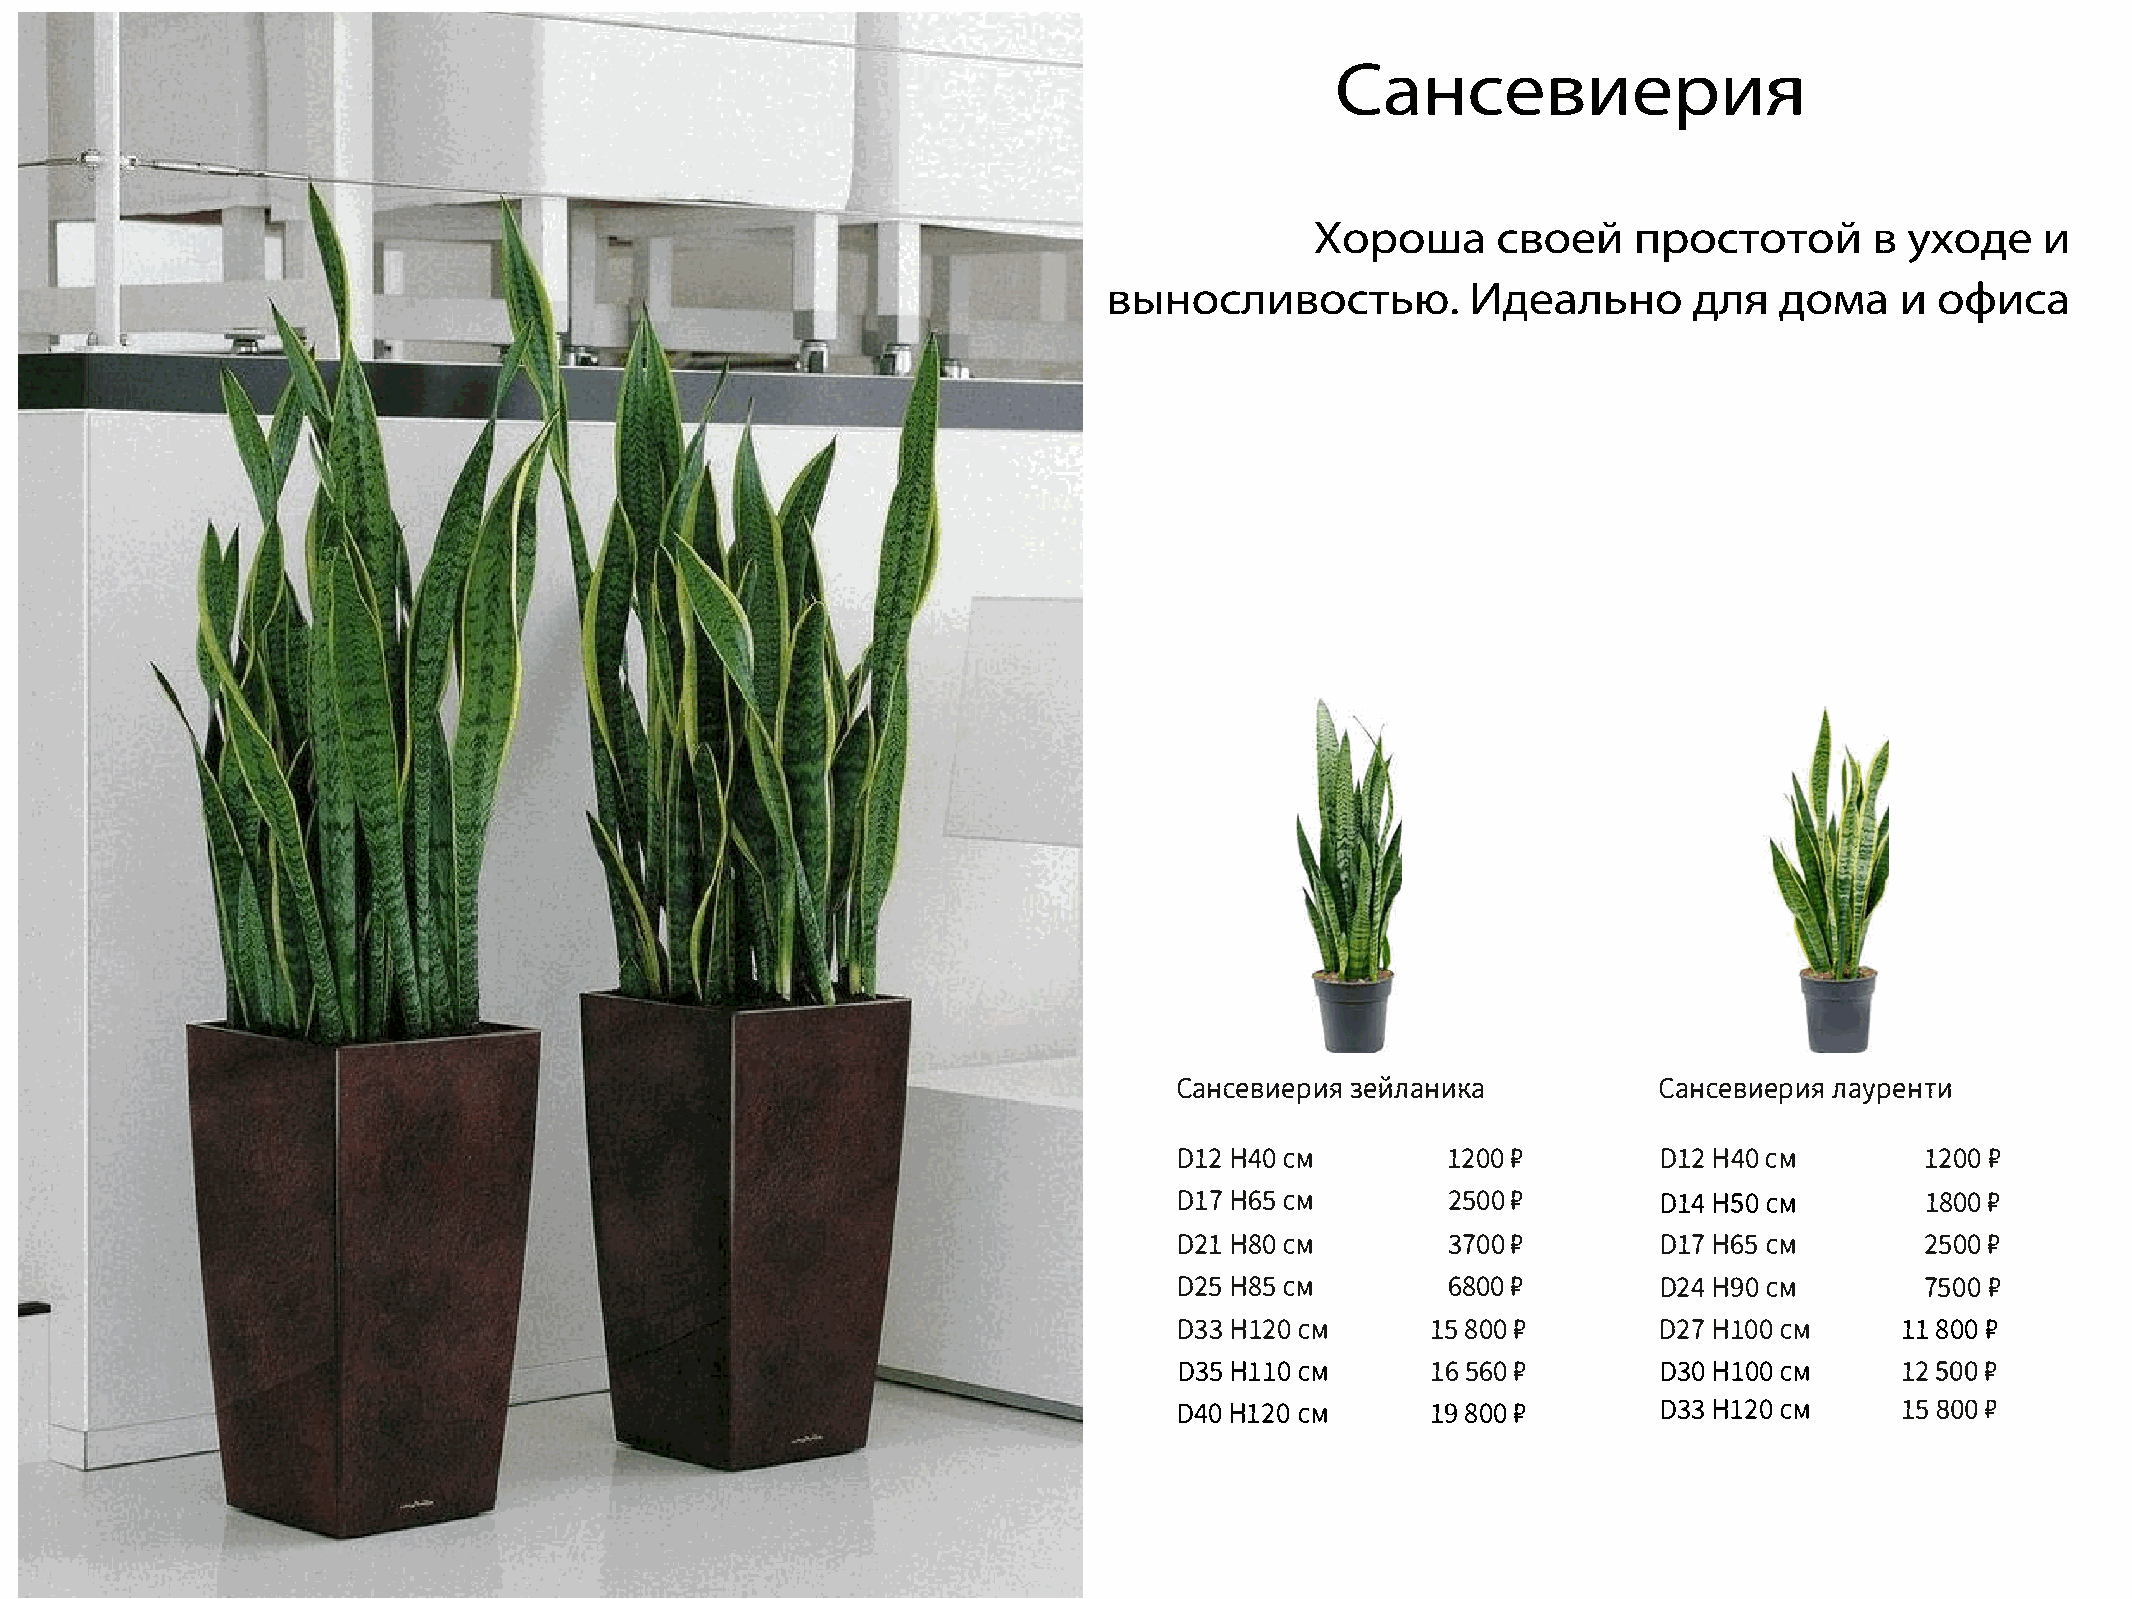
Сансевиерия
 Хороша      своей    простотой       в уходе    и
 выносливостью.          Идеально       для   дома    и офиса
 CaHces�ep��3eVinCaaHH�cKeas                  �ep��naypeHT�
 01H24  C0M        1200P         01H24  C0M       1200P
 01H76  C5M        25P0  0       01H4S  C0M       1800P
 02H18  C0M        37P0  0       01H76  C5M       2500P
 02H58  C5M        6800P         02H49  C0M       7500P
 03H3l  2CM0      158 0P0        02H7l  0CM0     1180P0
 D3H5l  lCM0      165 60P        D3H0l  0CM0     12S OPO
 D4H01  2CM0      198 0P0        D3H3l  2CM0     15B OPO